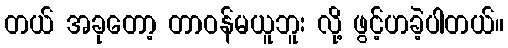
တယ် အခုတော့ တာဝန်မယူဘူး လို့ ဖွင့်ဟခဲ့ပါတယ်။